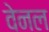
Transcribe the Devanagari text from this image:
वेनल